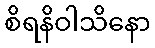
စိရနိဝါသိနော